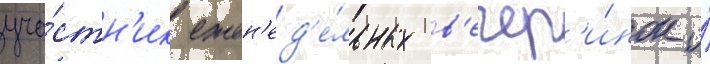
уча́стн'ик ежен'ед'е́льных в'ечер'и́нок и́